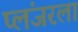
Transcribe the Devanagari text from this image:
प्लंजरला